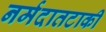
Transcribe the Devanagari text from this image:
नर्मदातटाकी